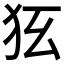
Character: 𤝃